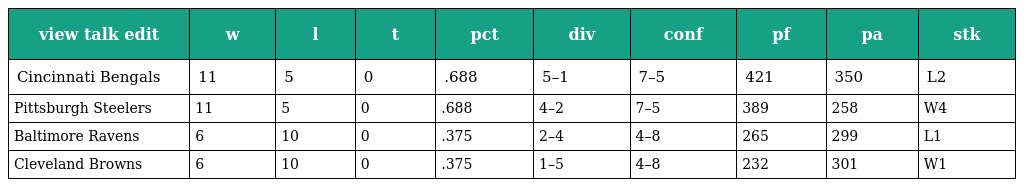
| view talk edit | w | l | t | pct | div | conf | pf | pa | stk |
 | --- | --- | --- | --- | --- | --- | --- | --- | --- | --- |
 | Cincinnati Bengals | 11 | 5 | 0 | .688 | 5–1 | 7–5 | 421 | 350 | L2 |
 | Pittsburgh Steelers | 11 | 5 | 0 | .688 | 4–2 | 7–5 | 389 | 258 | W4 |
 | Baltimore Ravens | 6 | 10 | 0 | .375 | 2–4 | 4–8 | 265 | 299 | L1 |
 | Cleveland Browns | 6 | 10 | 0 | .375 | 1–5 | 4–8 | 232 | 301 | W1 |